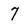
Character: 7